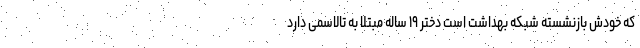
که خودش بازنشسته شبکه بهداشت است دختر ۱۹ ساله مبتلا به تالاسمی دارد